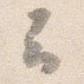
云